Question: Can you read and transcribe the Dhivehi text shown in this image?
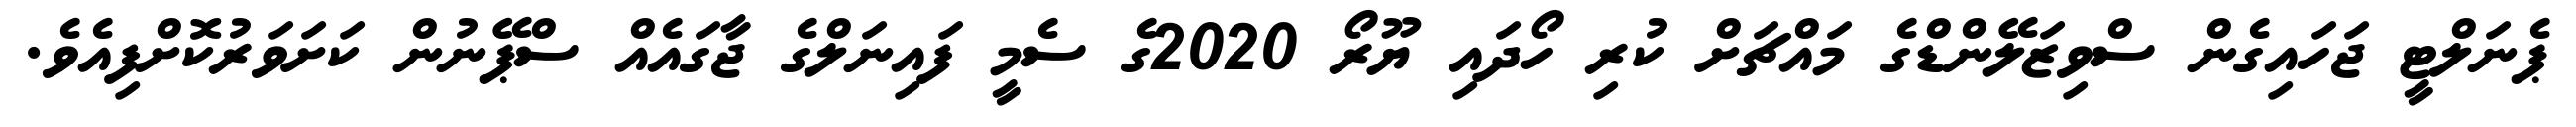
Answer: ޕެނަލްޓީ ޖަހައިގެން ސްވިޒަލޭންޑްގެ މައްޗަށް ކުރި ހޯދައި ޔޫރޯ 2020ގެ ސެމީ ފައިނަލްގެ ޖާގައެއް ސްޕޭނުން ކަށަވަރުކޮށްފިއެވެ.